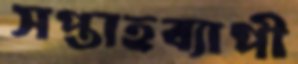
সপ্তাহব্যাপী